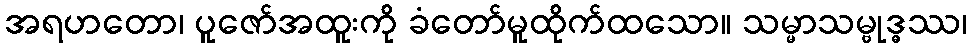
အရဟတော၊ ပူဇော်အထူးကို ခံတော်မူထိုက်ထသော။ သမ္မာသမ္ဗုဒ္ဓဿ၊